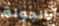
بالجولة